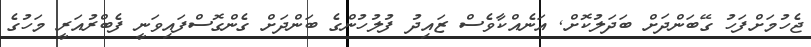
ޖެހުމަށްފަހު ގޭބަންދަށް ބަދަލުކޮށް